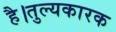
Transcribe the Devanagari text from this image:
है।तुल्यकारक